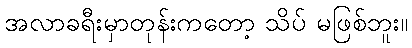
အလာခရီးမှာတုန်းကတော့ သိပ် မဖြစ်ဘူး။